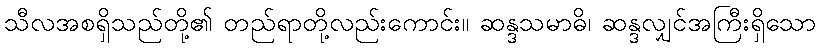
သီလအစရှိသည်တို့၏ တည်ရာတို့လည်းကောင်း။ ဆန္ဒသမာဓိ၊ ဆန္ဒလျှင်အကြီးရှိသော